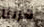
هربنا